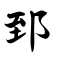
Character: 郅